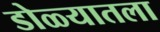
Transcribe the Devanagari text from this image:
डोळ्यातला